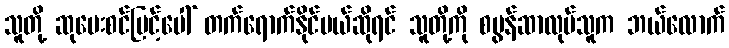
သူတို့ ဆုပေးစင်မြင့်ပေါ် တက်ရောက်နိုင်မယ်ဆိုရင် သူတို့ကို စပွန်ဆာလုပ်သူက ဘယ်လောက်